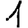
Digit: 1